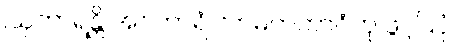
ဩကာရန္တိ အဝကာရံ လာမကဘာဝံဟု ဖွင့်ပြပုံ။